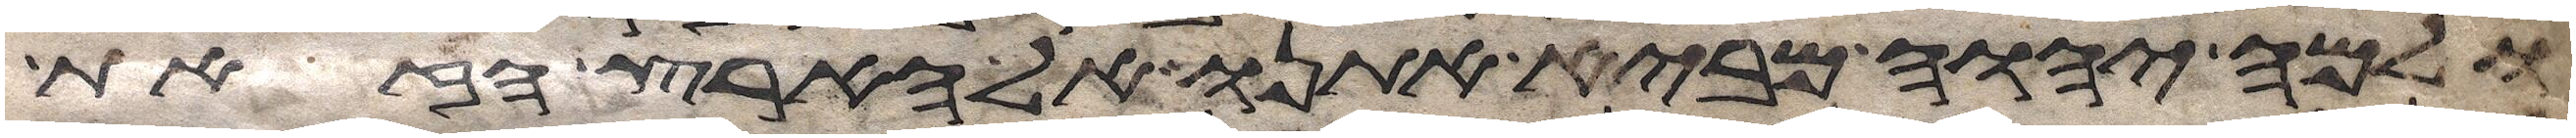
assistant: ולמה יהוה מביא אתנו אל הארץ הזאת